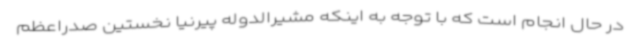
در حال انجام است که با توجه به اینکه مشیرالدوله پیرنیا نخستین صدراعظم